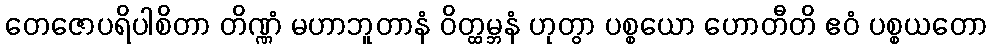
တေဇောပရိပါစိတာ တိဏ္ဏံ မဟာဘူတာနံ ဝိတ္ထမ္ဘနံ ဟုတွာ ပစ္စယော ဟောတီတိ ဧဝံ ပစ္စယတော